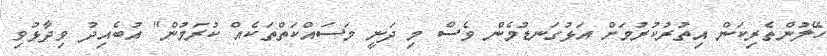
ހޭލުންތެރިކަން އިތުރުކުރުމަށް އަޅުގަނޑުމެން ވެސް މި ދަނީ މަސައްކަތްތަކެއް ކުރަމުން" އުބެއިދު ވިދާޅުވި